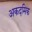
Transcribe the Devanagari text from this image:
अकदमिक